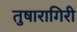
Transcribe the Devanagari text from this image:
तुषारागिरी